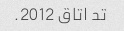
تد اتاق 2012.